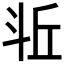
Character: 𪯫